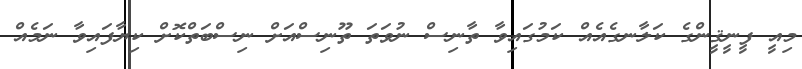
މިއީ ފީނީޤީންގެ ކަލާނގެއެއް ކަމުގައިވާ ތާނިސް ނުވަތަ ތޫނިސްއަށް ނިސްބަތްކޮށް ކިޔާފައިވާ ނަމެއް